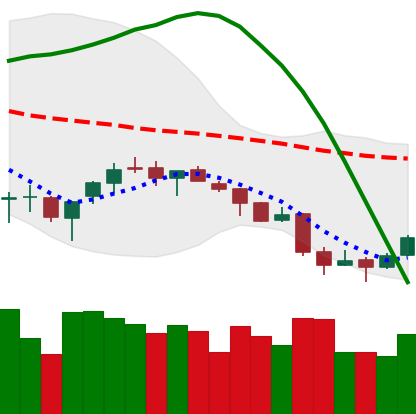
Ticker: BTC-USD
Chart end date: 2018-04-03
Forward return: -5.802%
Label: down_5_7